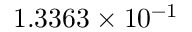
1 . 3 3 6 3 \times 1 0 ^ { - 1 }